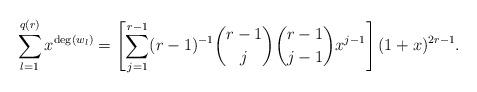
LaTeX: \begin{align*}\sum_{l=1}^{q(r)} x^{\deg(w_l)}=\left[\sum_{j=1}^{r-1}(r-1)^{-1}\binom{r-1}{j}\binom{r-1}{j-1}x^{j-1}\right](1+x)^{2r-1}.\end{align*}